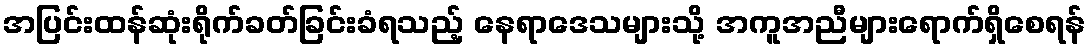
အပြင်းထန်ဆုံးရိုက်ခတ်ခြင်းခံရသည့် နေရာဒေသများသို့ အကူအညီများရောက်ရှိစေရန်